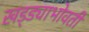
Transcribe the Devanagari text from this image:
खड्ड्याभोवती